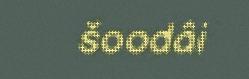
šoodâi